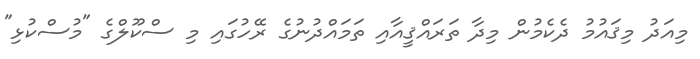
މިއަދު މިޤައުމު ދެކެމުން މިދާ ތަރައްޤީއާއި ތަމައްދުނުގެ ރޭހުގައި މި ސްކޫލްގެ "މުސްކުޅި"